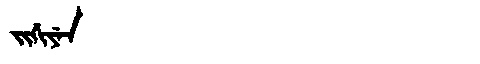
Manchu: ᠵᡳᡤᡳᠶᡝᠨ
Romanization: JIGIYEN